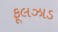
ફૂલઝાડ